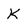
Character: K